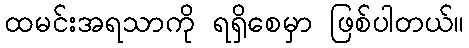
ထမင်းအရသာကို ရရှိစေမှာ ဖြစ်ပါတယ်။